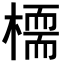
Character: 𣚊